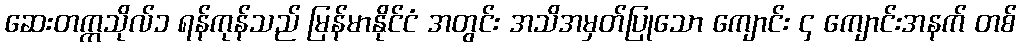
ဆေးတက္ကသိုလ်၁ ရန်ကုန်သည် မြန်မာနိုင်ငံ အတွင်း အသိအမှတ်ပြုသော ကျောင်း ၄ ကျောင်းအနက် တစ်